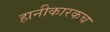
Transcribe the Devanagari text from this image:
हानीकारकच